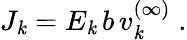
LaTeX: J_{\mathit{k}}=E_{\mathit{k}}\, b\, v_{\mathit{k}}^{(\infty)}\; .